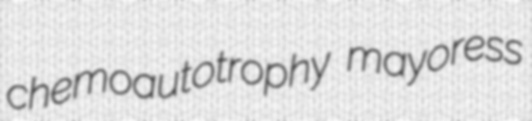
chemoautotrophy mayoress